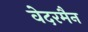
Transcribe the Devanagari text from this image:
वेदरमैन